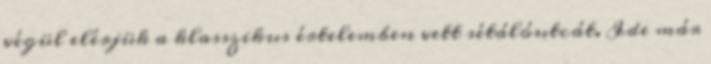
végül elérjük a klasszikus értelemben vett sétálóutcát. Ide már